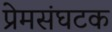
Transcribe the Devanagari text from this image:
प्रेमसंघटक